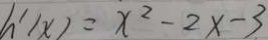
h ^ { \prime } ( x ) = x ^ { 2 } - 2 x - 3